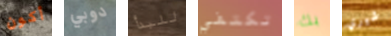
أكون دوبي للبدأ تكتفي بك شيري